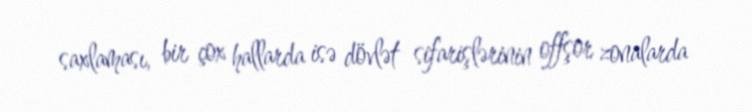
saxlaması, bir çox hallarda isə dövlət sifarişlərinin offşor zonalarda